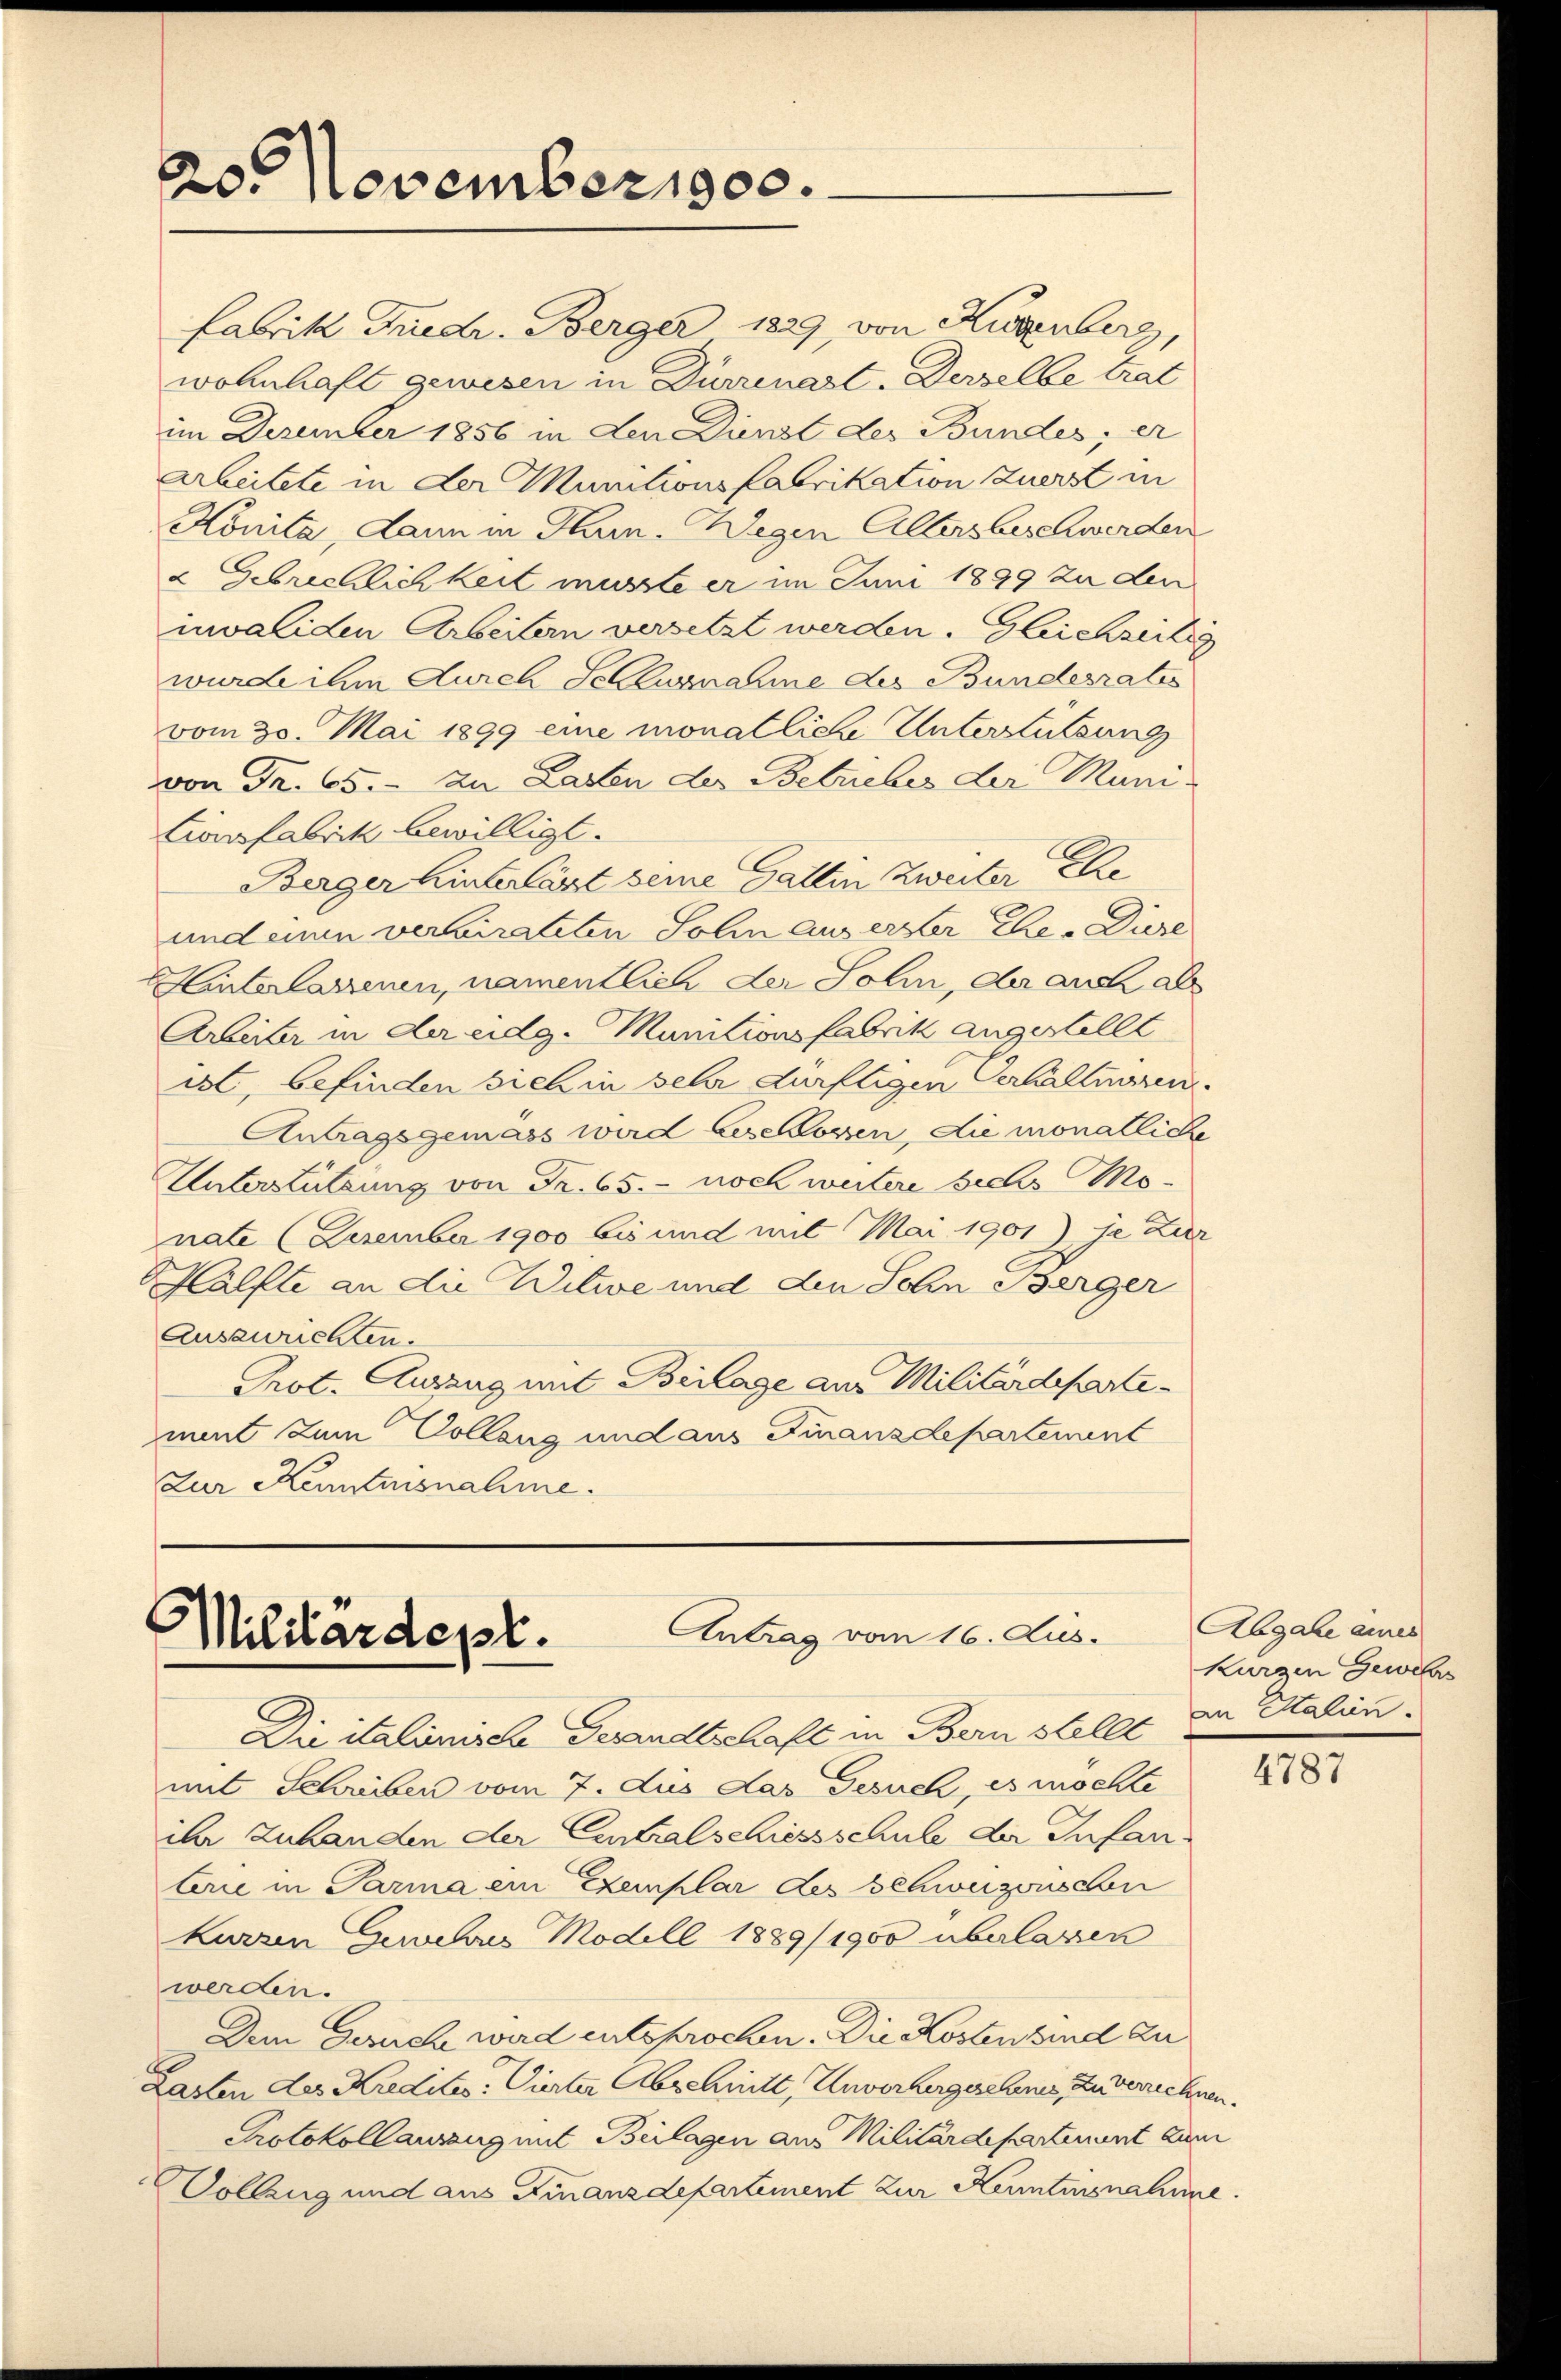
20. November 1900.

Fabrik Friedr. Berger 1829, von Kurzenberg
wohnhaft gewesen in Dürrenast. Derselbe trat
im Dezember 1856 in den Dienst des Bundes; er
Arbeitete in der Munitionsfabrikation zuerst in
Konita, dann in Hin-Wegen Allers beschwerden
u Gebrechlichkeit musste er im Juni 1899 zu den
invaliden Arbeitern versetzt werden. Gleichzeitig
wurde ihm durch Schlusnahme des Bundesrates
vom 30. Mai 1899 eine monatliche Unterstützung
von Fr. 65. zu Lasten der Betriebes der Muni-
Cionsfabrik bewilligt.
Berger hinterlässt seine Gattin Zweiter Elle
und einen verheirateten Sohin aus erster Ehe. Diese
hinterlanenen, namentlich der Selin, da auch al
Arbeiter in der eidg. Munitionsfabrik angestellt
ist, befinden sich in sehr dürftigen Verhaltungen.
Antragsgemäss wird beschlossen, die monatliche
Unterstützung von Fr. 65. - noch weitere sechs Monate (Dezember 1900 bis und mit Mai 1901) je Zier
Hälfte an die Witwe und den Sohn Berger
Auszurichten.
Prot. Auszug mit Beilage aus Militärdepartement zum Collang und aus Finanzdepartement
Zur Kenntnisnahme.

Antrag vom 16. Aus¬
Militärdept.

Abgabe eines
kurzen Gewehr
an Stalien.

Die italienische Gesandtschaft in Bern stellt
mit Schreiben vom 7. Aus das Gesuch, es möchte
ihr Zuhanden der Eintralschiessschule der Infanlerie in Parma ein Exemplar des Schweizenschen
Kurzen Gewehres Modell 1889/1900 überlassen
werden.
Dem Geruch wird entsprochen. Die Kosten sind zu
Lasten des Kredites Vierter Abschnitt, Unvorhergeschnis, zuvernehmen.
Protokoll arrang mit Beilagen aus Militärdepartement zum
Vollzug und aus Finanzdepartement zur Kenntnisnahme

4787